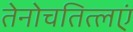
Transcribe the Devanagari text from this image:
तेनोचतित्लएं